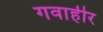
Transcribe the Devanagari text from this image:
गवाहीर